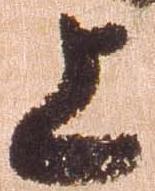
上